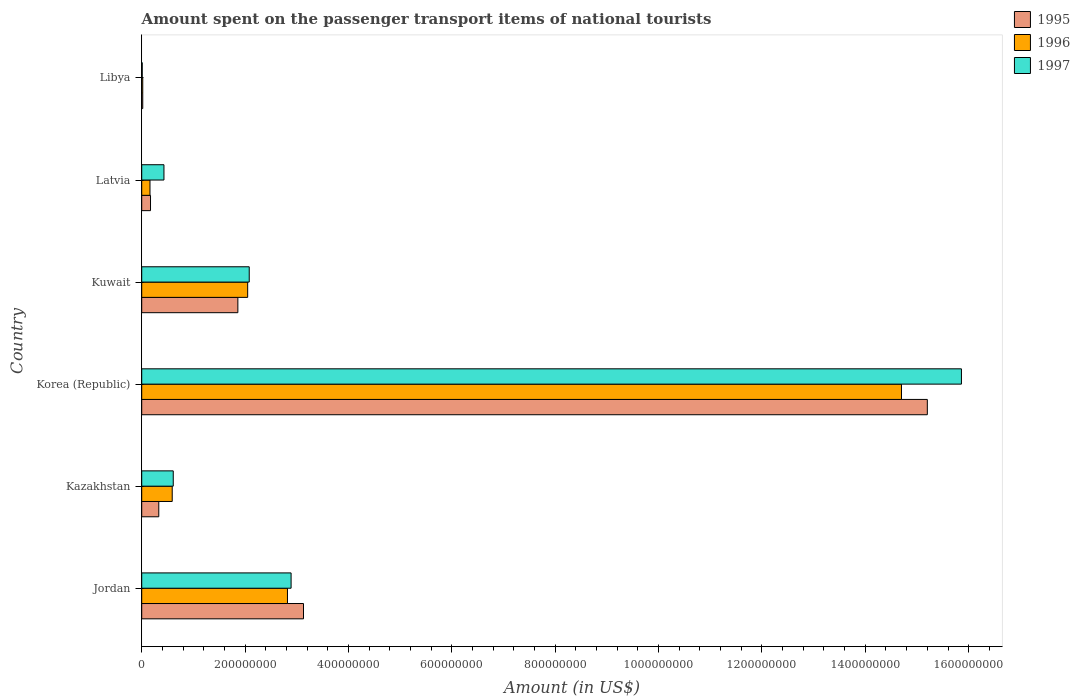
| Country | 1995 | 1996 | 1997 |
 | --- | --- | --- | --- |
 | Jordan | 3.13e+08 | 2.82e+08 | 2.89e+08 |
 | Kazakhstan | 3.3e+07 | 5.9e+07 | 6.1e+07 |
 | Korea (Republic) | 1.52e+09 | 1.47e+09 | 1.59e+09 |
 | Kuwait | 1.86e+08 | 2.05e+08 | 2.08e+08 |
 | Latvia | 1.7e+07 | 1.6e+07 | 4.3e+07 |
 | Libya | 2e+06 | 2e+06 | 1e+06 |